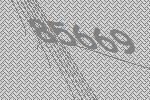
85669